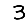
Digit: 3